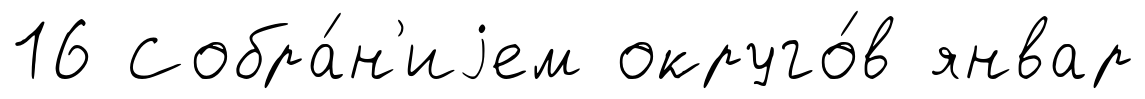
16 Собра́н'иjем округо́в январ